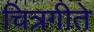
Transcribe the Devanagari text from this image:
चित्रगीते